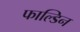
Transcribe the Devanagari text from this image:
फाल्डिन